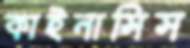
কাইনাসিস